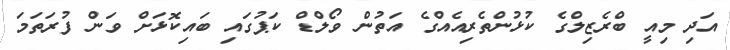
އަދި މިއީ ބްރެޒިލްގެ ކުޅުންތެރިއެއްގެ އަތުން ވޯލްޑް ކަޕުގައި ބައިކޮޅަށް ވަން ފުރަތަމަ